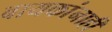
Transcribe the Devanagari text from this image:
बायकांनाही